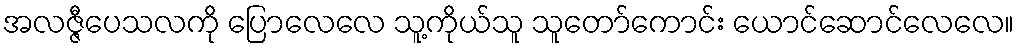
အလဇ္ဇီပေသလကို ပြောလေလေ သူ့ကိုယ်သူ သူတော်ကောင်း ယောင်ဆောင်လေလေ။